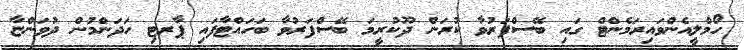
ހޯމްލީއެންވައިރަމެންޓް ގައި ބޭސްފަރުވާ ކުރަން ދޫކުރީމަ ބޭސްފަރުވާ ބަހައްޓާފައި ޕާރޓި ހަދަންމުން ދުވަންޏާ